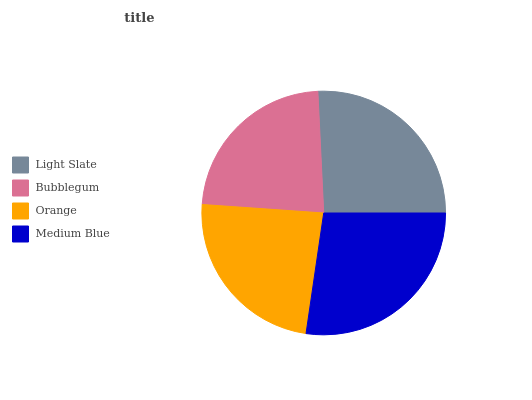
| Light Slate | Bubblegum | Orange | Medium Blue |
 | --- | --- | --- | --- |
 | 25.8% | 23.1% | 23.8% | 27.3% |